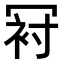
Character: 𠖌